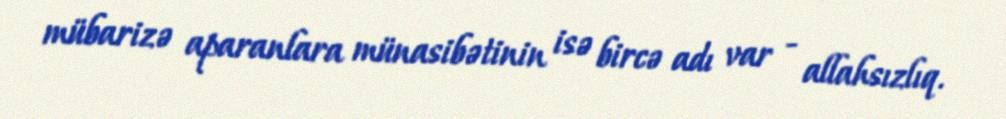
mübarizə aparanlara münasibətinin isə bircə adı var - allahsızlıq.